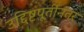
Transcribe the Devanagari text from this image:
उद्दिष्टपूर्तीनंतर